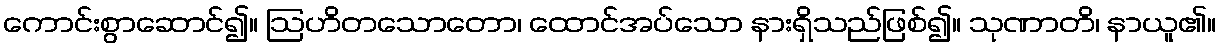
ကောင်းစွာဆောင်၍။ ဩဟိတသောတော၊ ထောင်အပ်သော နားရှိသည်ဖြစ်၍။ သုဏာတိ၊ နာယူ၏။